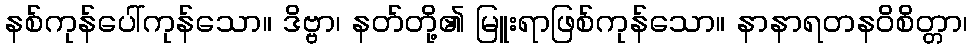
နစ်ကုန်ပေါ်ကုန်သော။ ဒိဗ္ဗာ၊ နတ်တို့၏ မြူးရာဖြစ်ကုန်သော။ နာနာရတနဝိစိတ္တာ၊